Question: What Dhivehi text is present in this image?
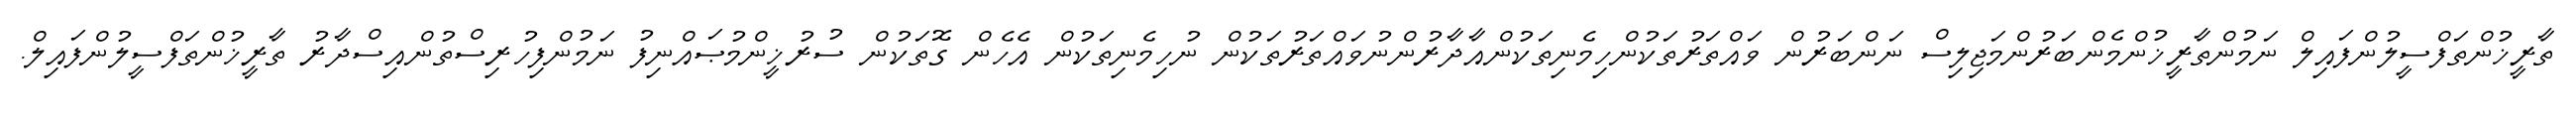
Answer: ތާރީޚުންތަފްސީލުންފައިލް ނަމުންތާރީޚުންމެންބަރުންމަޖިލިސް ނަންބަރުން ވައްތަރުތަކުންހިމެނިތަކުންއާދާރުންނުވައްތަރުތަކުން ނުހިމެނިތަކުން އެހެން ގޮތަކުން ސުރުޚީންމުޞައްނިފު ނަމުންފިހުރިސްތުންއިސްދާރު ތާރީޚުންތަފްސީލުންފައިލް.